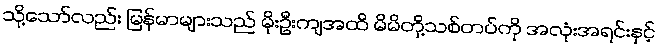
သို့သော်လည်း မြန်မာများသည် မိုးဦးကျအထိ မိမိတို့သစ်တပ်ကို အလုံးအရင်းနှင့်